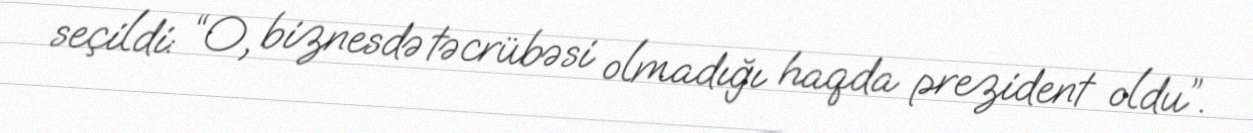
seçildi: “O, biznesdə təcrübəsi olmadığı haqda prezident oldu”.